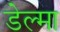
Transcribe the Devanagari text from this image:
डेल्मा